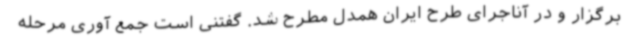
برگزار و در آناجرای طرح ایران همدل مطرح شد. گفتنی است جمع آوری مرحله